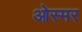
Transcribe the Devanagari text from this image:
ओस्मर